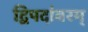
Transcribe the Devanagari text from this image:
द्विपदांबरम्